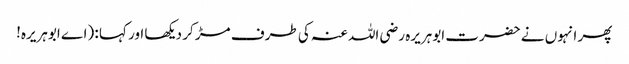
پھر انہوں نے حضرت ابوہریرہ رضی اللہ عنہ کی طرف مڑ کر دیکھا اور کہا : (اے ابوہریرہ!